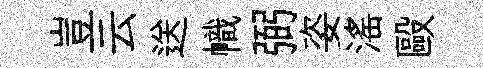
豈云送幟弼姿滛毆